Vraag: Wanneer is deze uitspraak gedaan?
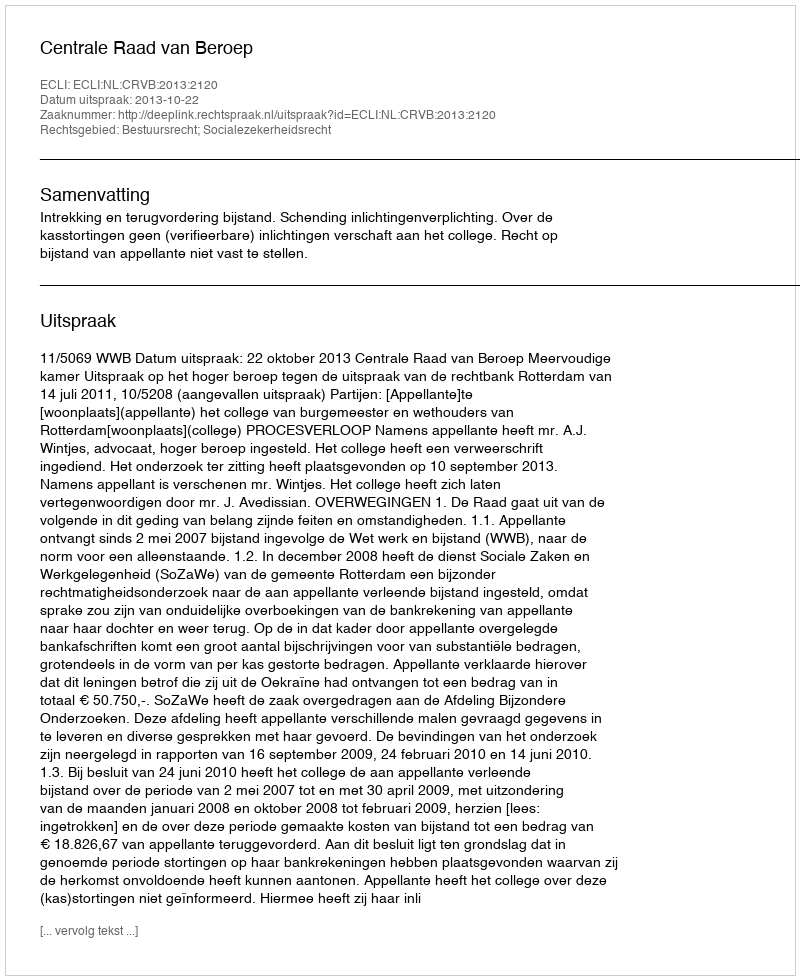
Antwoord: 2013-10-22